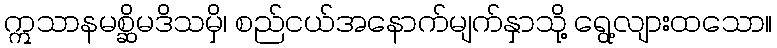
ဣသာနမစ္ဆိမဒိသမှိ၊ စည်ငယ်အနောက်မျက်နှာသို့ ရွေ့လျားထသော။